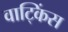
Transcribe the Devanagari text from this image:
वाट्किंस